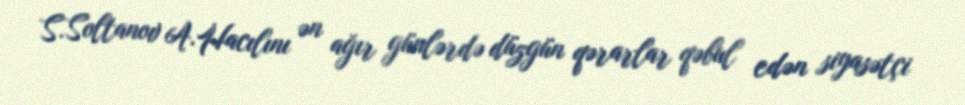
S.Soltanov A.Hacılını ən ağır günlərdə düzgün qərarlar qəbul edən siyasətçi